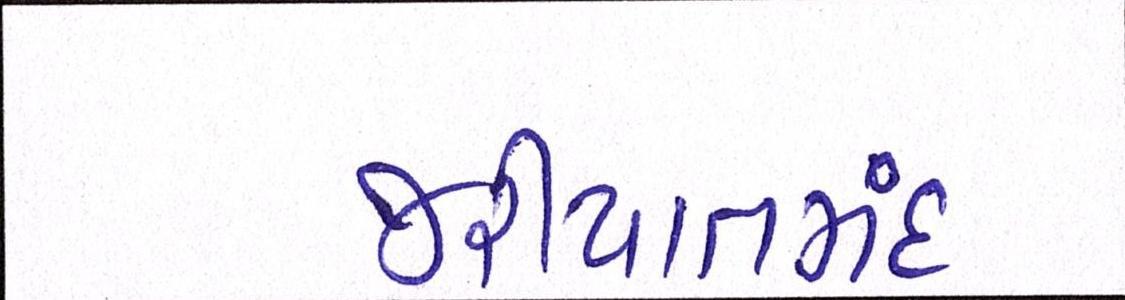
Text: જરીયાતમંદ